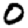
Digit: 0